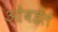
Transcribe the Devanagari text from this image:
ओबडेले